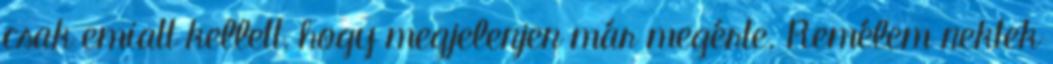
csak emiatt kellett, hogy megjelenjen már megérte. Remélem nektek